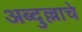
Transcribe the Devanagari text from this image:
अब्दुल्लाचे